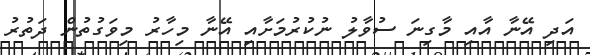
އަދި އޭނާ އާއި މާގިނަ ސުވާލު ނުކުރުމަށާއި އޭނާ މިހާރު މިވަގުތުން ދަތުރު